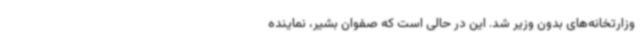
وزارتخانه‌های بدون وزیر شد. این در حالی است که صفوان بشیر، نماینده